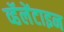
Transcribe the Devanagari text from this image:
व्हॅलेंटाइन